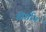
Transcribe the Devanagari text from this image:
दोर्गोन